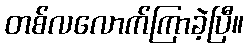
တစ်လလောက်ကြာခဲ့ပြီ။